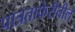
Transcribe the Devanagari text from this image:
पात्रताफेरीतील